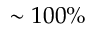
\sim 1 0 0 \%